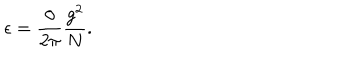
LaTeX: \epsilon = \frac { \theta } { 2 \pi } \frac { g ^ { 2 } } { N } .